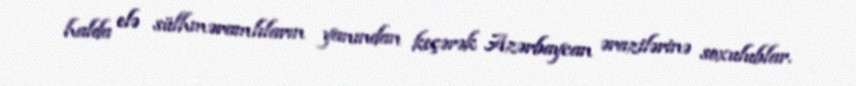
halda elə sülhməramlıların yanından keçərək Azərbaycan ərazilərinə soxulublar.